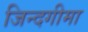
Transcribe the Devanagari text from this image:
जिन्दगीमा